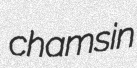
chamsin